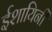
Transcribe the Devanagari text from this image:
ईशायिनी